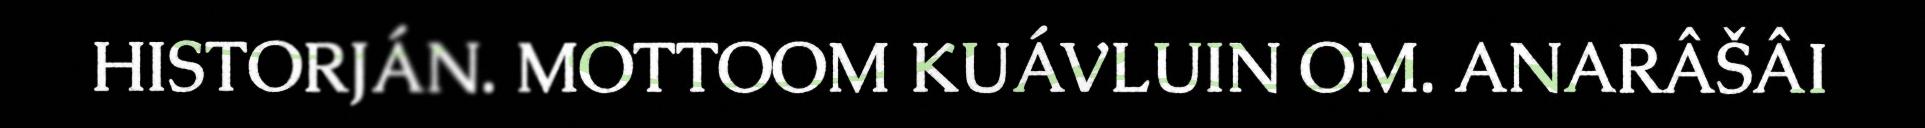
HISTORJÁN. MOTTOOM KUÁVLUIN OM. ANARÂŠÂI